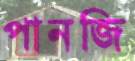
পানজি